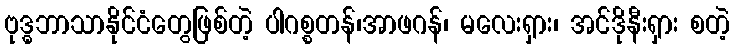
ဗုဒ္ဓဘာသာနိုင်ငံတွေဖြစ်တဲ့ ပါဂစ္စတန်၊အာဖဂန်၊ မလေးရှား၊ အင်ဒိုနီးရှား စတဲ့